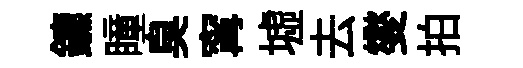
鑣瞳臭𡩋墟去燮拍